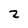
Character: 2